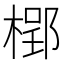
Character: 𣗐